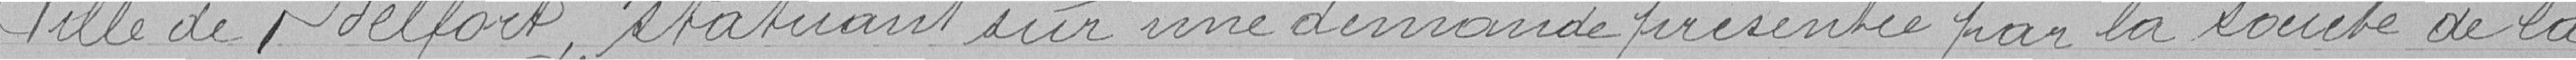
Ville de Belfort, statuant une demande présentée par Société de la